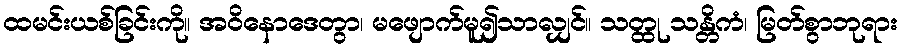
ထမင်းယစ်ခြင်းကို။ အဝိနောဒေတွာ၊ မဖျောက်မူ၍သာလျှင်။ သတ္ထု သန္တိကံ၊ မြတ်စွာဘုရား